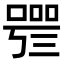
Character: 𠻰